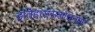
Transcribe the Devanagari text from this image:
इतिहाससंशोधनपर